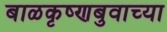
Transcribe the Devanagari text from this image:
बाळकृष्णबुवाच्या